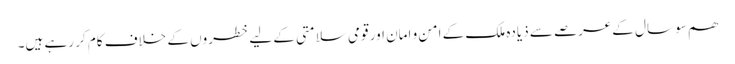
ھم سو سال کےعرصے سے ذیادہ ملک کے امن و امان اور قومی سلامتی کے لیے خطروں کے خلاف کام کر رہے ہیں۔